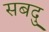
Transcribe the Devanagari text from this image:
सबदु